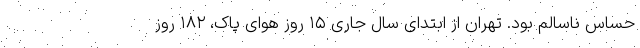
حساس ناسالم بود. تهران از ابتدای سال جاری ۱۵ روز هوای پاک، ۱۸۲ روز